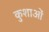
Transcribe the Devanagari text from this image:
कुशाओं